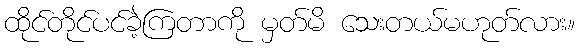
ထိုင်တိုင်ပင်ခဲ့ကြတာကို မှတ်မိ သေးတယ်မဟုတ်လား။